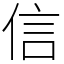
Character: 信